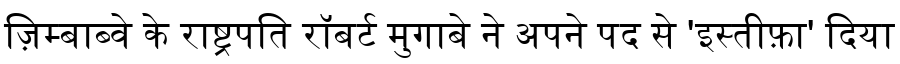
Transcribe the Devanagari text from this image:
ज़िम्बाब्वे के राष्ट्रपति रॉबर्ट मुगाबे ने अपने पद से 'इस्तीफ़ा' दिया